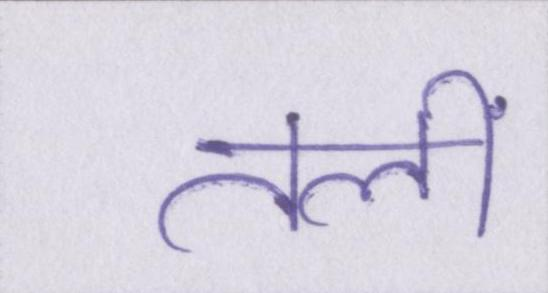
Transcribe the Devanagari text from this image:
तलीं